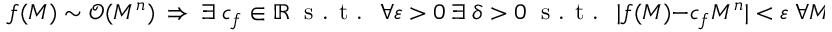
f ( M ) \sim \mathcal { O } ( M ^ { n } ) \; \Rightarrow \; \exists \; c _ { f } \in \mathbb { R } \; \textrm { s . t . } \; \forall \varepsilon > 0 \; \exists \; \delta > 0 \; \textrm { s . t . } \; | f ( M ) - c _ { f } M ^ { n } | < \varepsilon \; \forall \: M < \delta